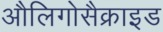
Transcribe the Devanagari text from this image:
औलिगोसैक्राइड